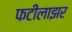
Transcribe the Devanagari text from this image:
फटीलाझर